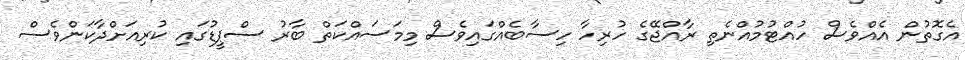
އެގޮތުން އެއްވެސް ހުއްޓުމުއްނެތި ރާއްޖޭގެ ހުރިހާ ހިސާބެއްގައިވެސް މިމަސައްކަތް ބާރު ސްޕީޑުގައި ކުރިއަށްދާކަންވެސް